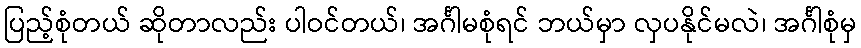
ပြည့်စုံတယ် ဆိုတာလည်း ပါဝင်တယ်၊ အင်္ဂါမစုံရင် ဘယ်မှာ လှပနိုင်မလဲ၊ အင်္ဂါစုံမှ